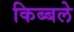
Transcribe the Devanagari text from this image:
किब्बले